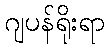
ဂျပန်ရိုးရာ